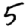
Digit: 5